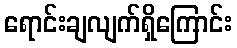
ရောင်းချလျက်ရှိကြောင်း